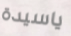
ياسيدة